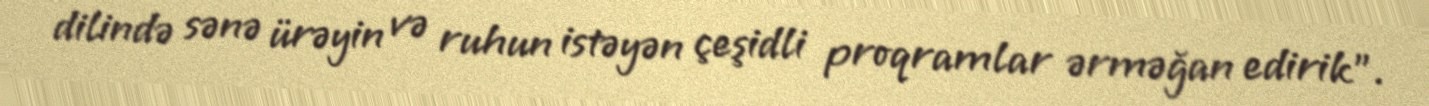
dilində sənə ürəyin və ruhun istəyən çeşidli proqramlar ərməğan edirik”.